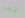
قفص